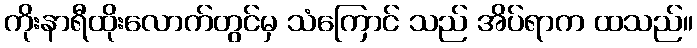
ကိုးနာရီထိုးလောက်တွင်မှ သံကြောင် သည် အိပ်ရာက ထသည်။